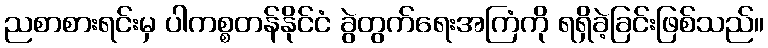
ညစာစားရင်းမှ ပါကစ္စတန်နိုင်ငံ ခွဲတွက်ရေးအကြံကို ရရှိခဲ့ခြင်းဖြစ်သည်။